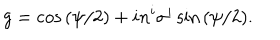
g = \cos { ( \psi / 2 ) } + i n ^ { i } \sigma ^ { i } \sin { ( \psi / 2 } ) .